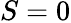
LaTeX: S=0